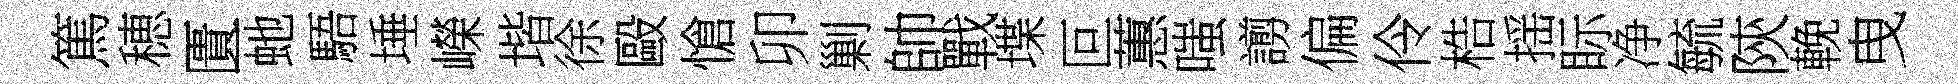
篤穂匱虵䮏埵嶸堦徐毆愴卯剿帥戰堞叵蕙嗤謭偏伶梏揺眎净毓陝輓曳